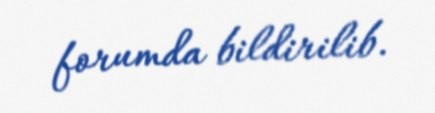
forumda bildirilib.